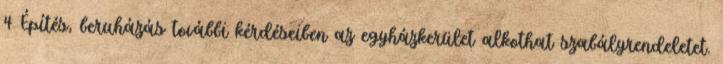
4 Építés, beruházás további kérdéseiben az egyházkerület alkothat szabályrendeletet.